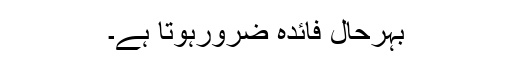
بہرحال فائدہ ضرورہوتا ہے۔